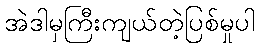
အဲဒါမှကြီးကျယ်တဲ့ပြစ်မှုပါ